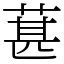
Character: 葚